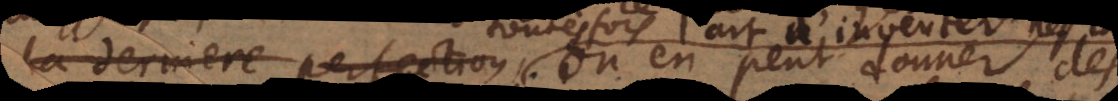
la derniere perfection. on en peut donner des